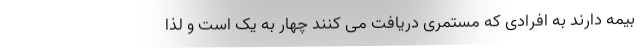
بیمه دارند به افرادی که مستمری دریافت می کنند چهار به یک است و لذا